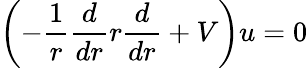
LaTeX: \left(-\frac{1}{r}\frac{d}{dr}r\frac{d}{dr}+V\right)u=0